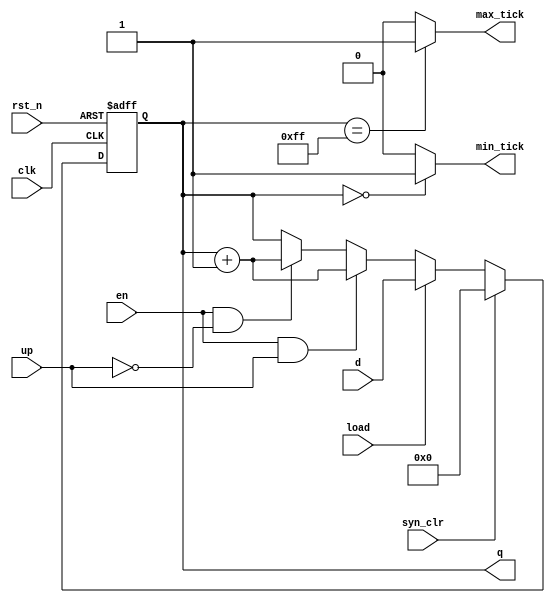
`timescale 1ns / 10ps

module bin_counter
    #(parameter N=8)
    (
        input wire clk, rst_n,
        input wire syn_clr, load, en, up,
        input wire [N-1:0] d,

        output wire max_tick, min_tick,
        output wire [N-1:0] q
    );

// signal declaration
reg [N-1:0] r_reg, r_next;

// register
always @(posedge clk or negedge rst_n) begin
    if (!rst_n)
        r_reg <= 0;
    else
        r_reg <= r_next;
end

// next-state logic
always @(*) begin
    if (syn_clr)
        r_next = 0;
    else if (load)
        r_next = d;
    else if (en && up)
        r_next = r_reg + 1;
    else if (en && !up)
        r_next = r_reg + 1;
    else
        r_next = r_reg;
end

// output logic
assign q = r_reg;
assign max_tick = (r_reg == 2**N - 1) ? 1'b1 : 1'b0;
assign min_tick = (r_reg == 0) ? 1'b1 : 1'b0;

endmodule